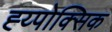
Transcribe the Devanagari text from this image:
ह्य्पोक्सिक